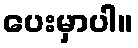
ပေးမှာပါ။